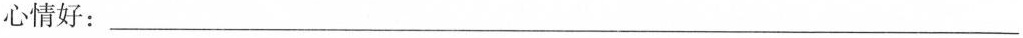
心情好：___